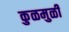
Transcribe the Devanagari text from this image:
कुळमुळी